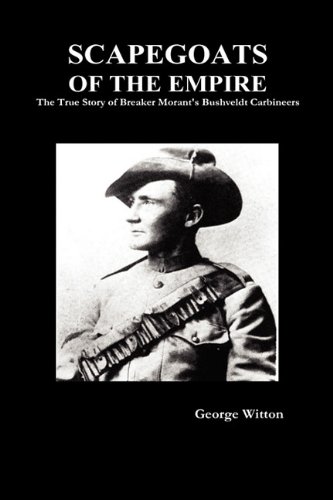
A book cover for Scapegoats of the Empire: The True Story of the Bushveldt Carbineers; Witton; Law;